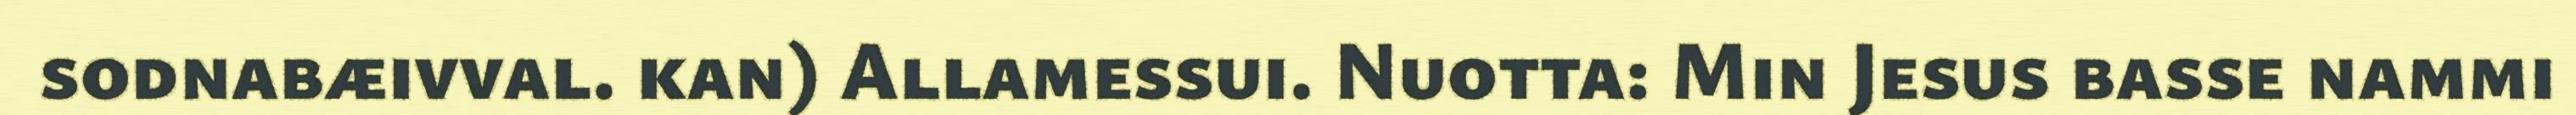
sodnabæivval. kan) Allamessui. Nuotta: Min Jesus basse nammi